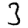
Digit: 3